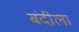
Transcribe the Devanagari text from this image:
बंदीला